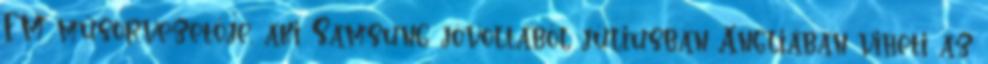
FM műsorvezetője, aki Samsung jóvoltából júliusban Angliában viheti az